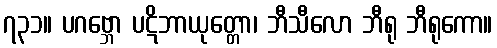
၇၃၁။ ပဂဗ္ဘော ပဋိဘာယုတ္တော၊ ဘီသီလော ဘီရု ဘီရုကော။